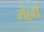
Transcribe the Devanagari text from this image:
मेल्लो